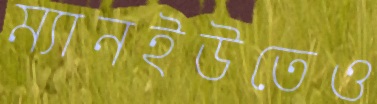
ম্যানইউতেও